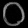
Digit: ၀